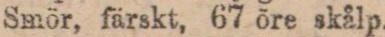
Smör, färskt, 67 öre skålp.